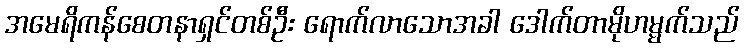
အမေရိကန်စေတနာရှင်တစ်ဦး ရောက်လာသောအခါ ဒေါက်တာမိုဟမ္မက်သည်